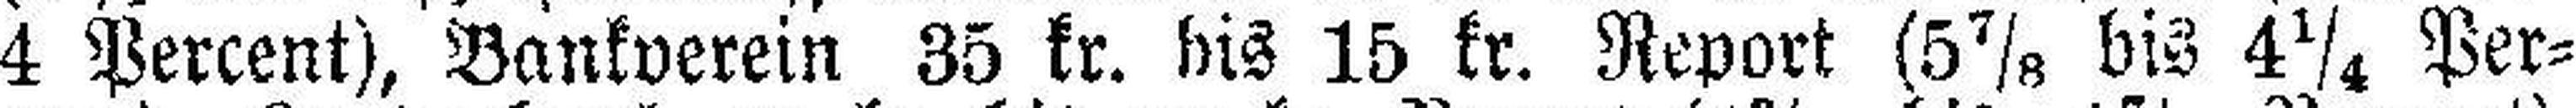
4 Percent), Bankverein 35 kr. bis 15 kr. Report (5⅞ bis 4¼ Per¬